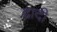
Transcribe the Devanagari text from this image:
द्रादी